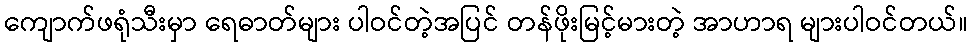
ကျောက်ဖရုံသီးမှာ ရေဓာတ်များ ပါဝင်တဲ့အပြင် တန်ဖိုးမြင့်မားတဲ့ အာဟာရ များပါဝင်တယ်။